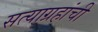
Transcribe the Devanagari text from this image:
सत्याग्रहांची